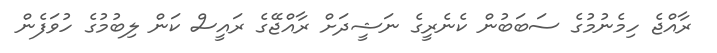
ރާއްޖެ ހިމެނުމުގެ ސަބަބުން ކެނެރީގެ ނަޝީދަށް ރާއްޖޭގެ ރައީސް ކަން ލިބުމުގެ ހުވަފެން